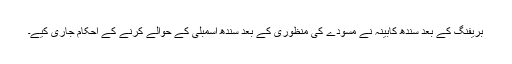
بریفنگ کے بعد سندھ کابینہ نے مسودے کی منظوری کے بعد سندھ اسمبلی کے حوالے کرنے کے احکام جاری کیے۔